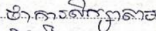
ថាការសិក្សាតាម